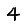
Digit: 4